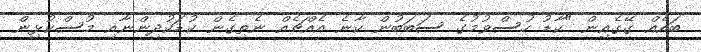
ބައެއް ގޭގެއިން "ކާޑު ހުސްވުމުގެ ސަބަބުން ކާނެ އެއްޗެއް ނެތިގެން ކުޑަކުދިންނާއި މުސްކުޅިން